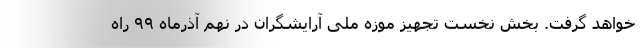
خواهد گرفت. بخش نخست تجهیز موزه ملی آرایشگران در نهم آذرماه ٩٩ راه